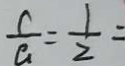
\frac { c } { a } = \frac { 1 } { 2 } =